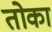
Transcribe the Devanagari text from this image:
तोका